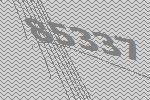
85337